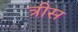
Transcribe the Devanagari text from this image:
त्रीस